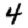
Digit: 4